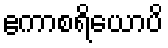
ဧကာစရိယောပိ